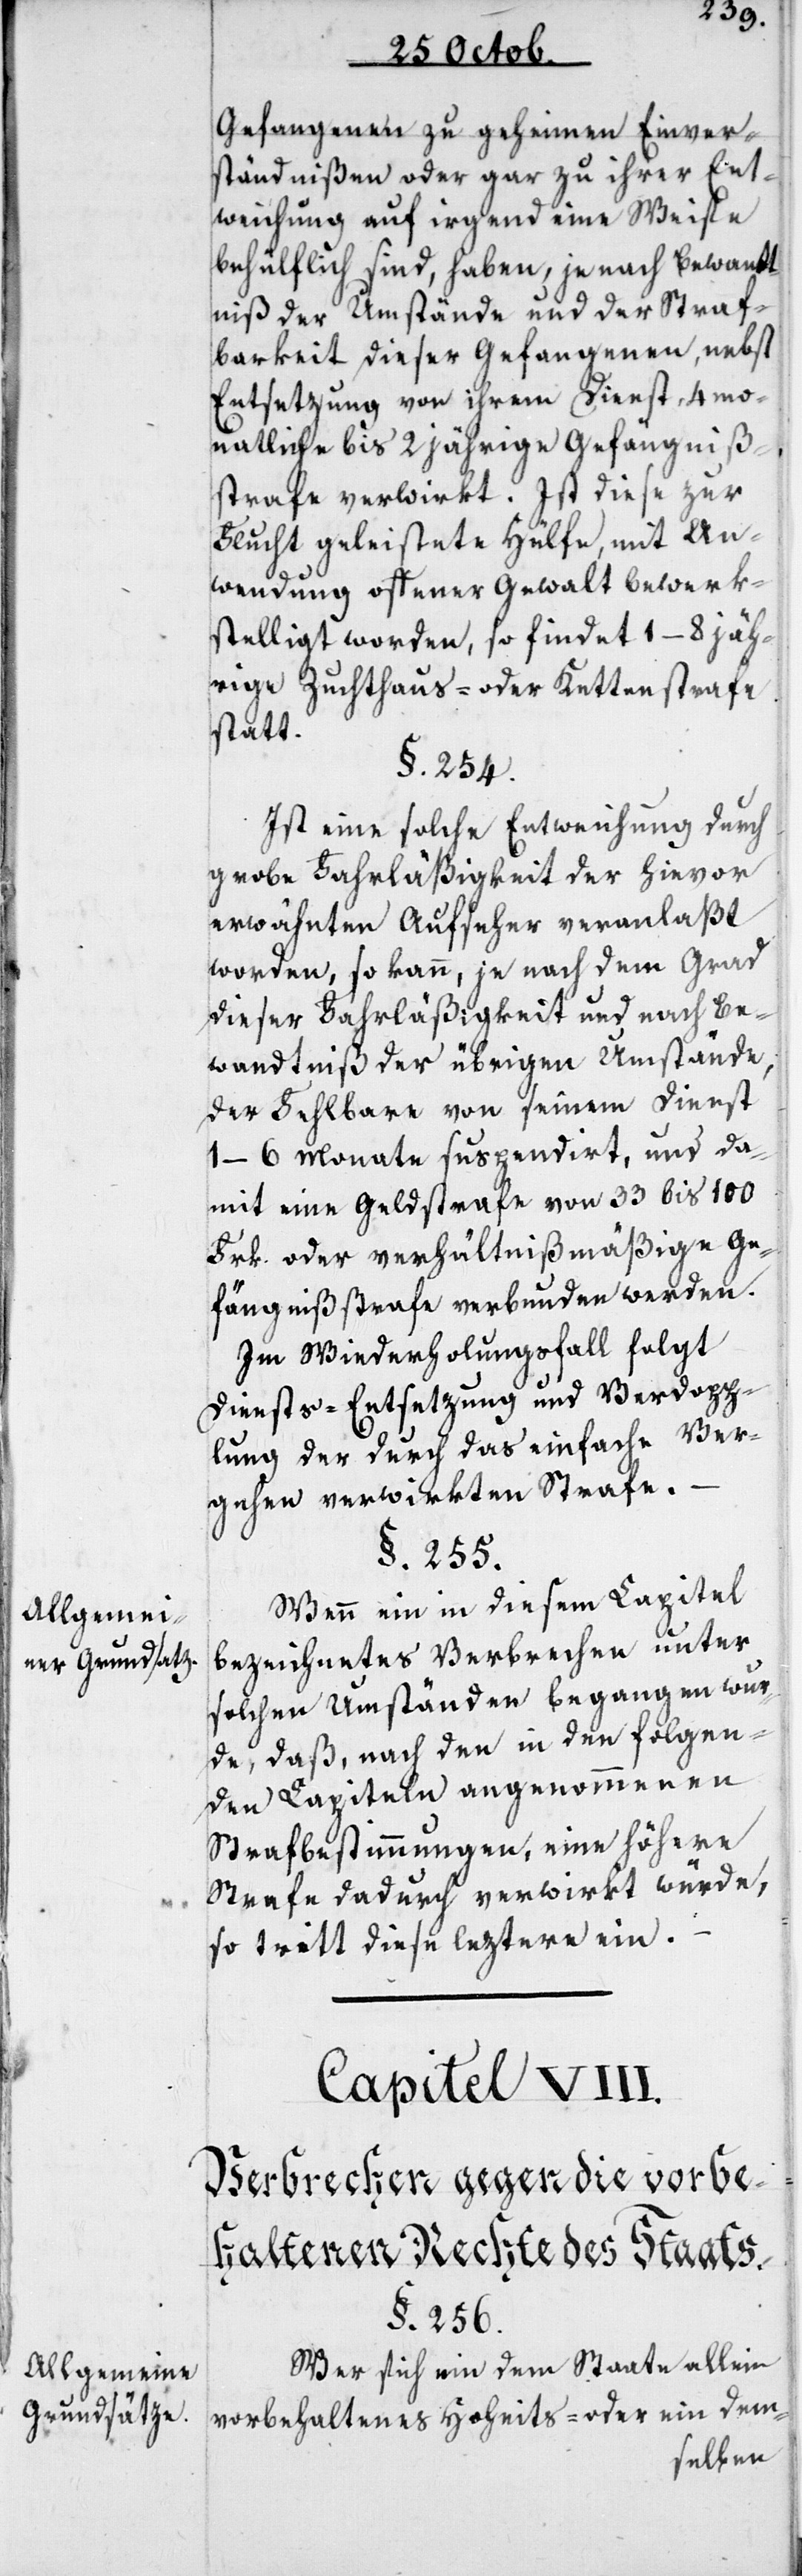
Allgemei¬
ner Grundsatz.
Allgemeinde
Grundsätze.

Gefangenen zu geheimen Einver¬
ständnißen oder gar zu ihrer Ent¬
weichung auf irgend eine Weise
behülflich sind, haben, je nach Bewandt¬
niß der Umstände und der Straf¬
barkeit dieser Gefangenen, nebst
Entsetzung von ihrem Dienst, 4 mo¬
natliche bis 2 jährige Gefängniß¬
strafe verwirkt. Ist diese zur
Flucht geleistete Hülfe mit An¬
wendung offener Gewalt bewerk¬
stelliget worden, so findet 1–8jäh¬
rige Zuchthaus- oder Kettenstrafe
statt.
§. 254.
Ist eine solche Entweichung durch
grobe Fahrläßigkeit der hievon
erwähnten Aufseher veranlaßt
worden, so kann, je nach dem Grad
dieser Fahrläßigkeit und nach Be¬
wandtniß der übrigen Umstände,
der Fehlbare von seinem Dienst
1–6 Monate suspendiert, und da¬
mit eine Geldstrafe von 33–100
Franken oder verhältnißmäßige Ge¬
fängnißstrafe verbunden werden.
Im Wiederholungsfall folgt
Diensts-Entsetzung und Verdopp¬
lung der durch das einfache Ver¬
gehen verwirkten Strafe.
§. 255.
Wenn ein in diesem Capitel
bezeichnetes Verbrechen unter
solchen Umständen begangen wur¬
de, daß, nach den in den folgen¬
den Capiteln angenommenen
Strafbestimmungen, eine höhere
Strafe dadurch verwirkt würde,
so tritt diese leztere ein.
Capitel VIII.
Verbrechen gegen die vorbe¬
haltenen Rechte des Staats.
§. 256.
Wer sich ein dem Staate allein
vorbehaltenes Hoheits- oder ein dem-